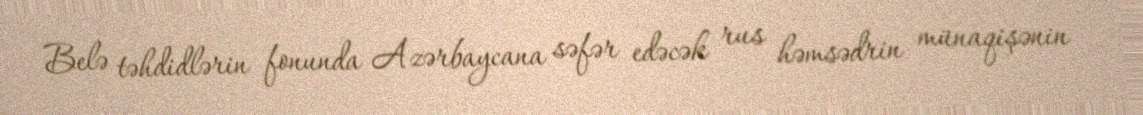
Belə təhdidlərin fonunda Azərbaycana səfər edəcək rus həmsədrin münaqişənin